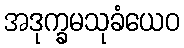
အဒုက္ခမသုခံယေဝ